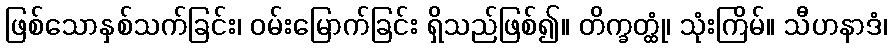
ဖြစ်သောနှစ်သက်ခြင်း၊ ဝမ်းမြောက်ခြင်း ရှိသည်ဖြစ်၍။ တိက္ခတ္ထုံ၊ သုံးကြိမ်။ သီဟနာဒံ၊